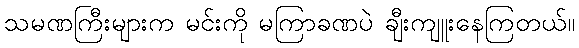
သမဏကြီးများက မင်းကို မကြာခဏပဲ ချီးကျူးနေကြတယ်။